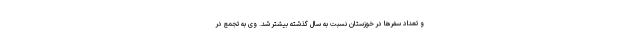
و تعداد سفرها در خوزستان نسبت به سال گذشته بیشتر شد. وی به تجمع در